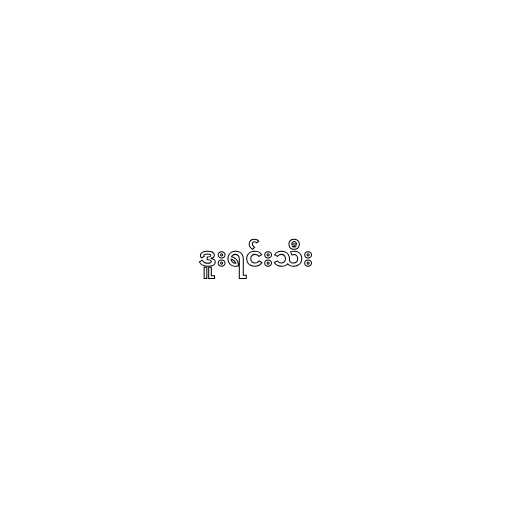
ဒူးရင်းသီး